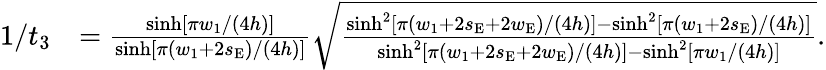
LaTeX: \begin{array}{rl}{1/t_{3}}&{=\frac{\sinh[\pi w_{1}/(4h)]}{\sinh[\pi(w_{1}+2s_{\mathrm{E}})/(4h)]}\sqrt{\frac{\sinh^{2}[\pi(w_{1}+2s_{\mathrm{E}}+2w_{\mathrm{E}})/(4h)]-\sinh^{2}[\pi(w_{1}+2s_{\mathrm{E}})/(4h)]}{\sinh^{2}[\pi(w_{1}+2s_{\mathrm{E}}+2w_{\mathrm{E}})/(4h)]-\sinh^{2}[\pi w_{1}/(4h)]}}.}\end{array}